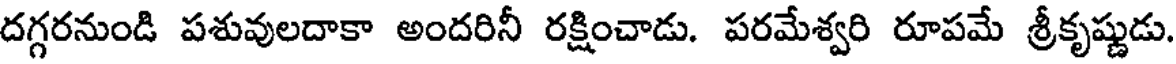
దగ్గరనుండి పశువులదాకా అందరినీ రక్షించాడు. పరమేశ్వరి రూపమే శ్రీకృష్ణుడు.